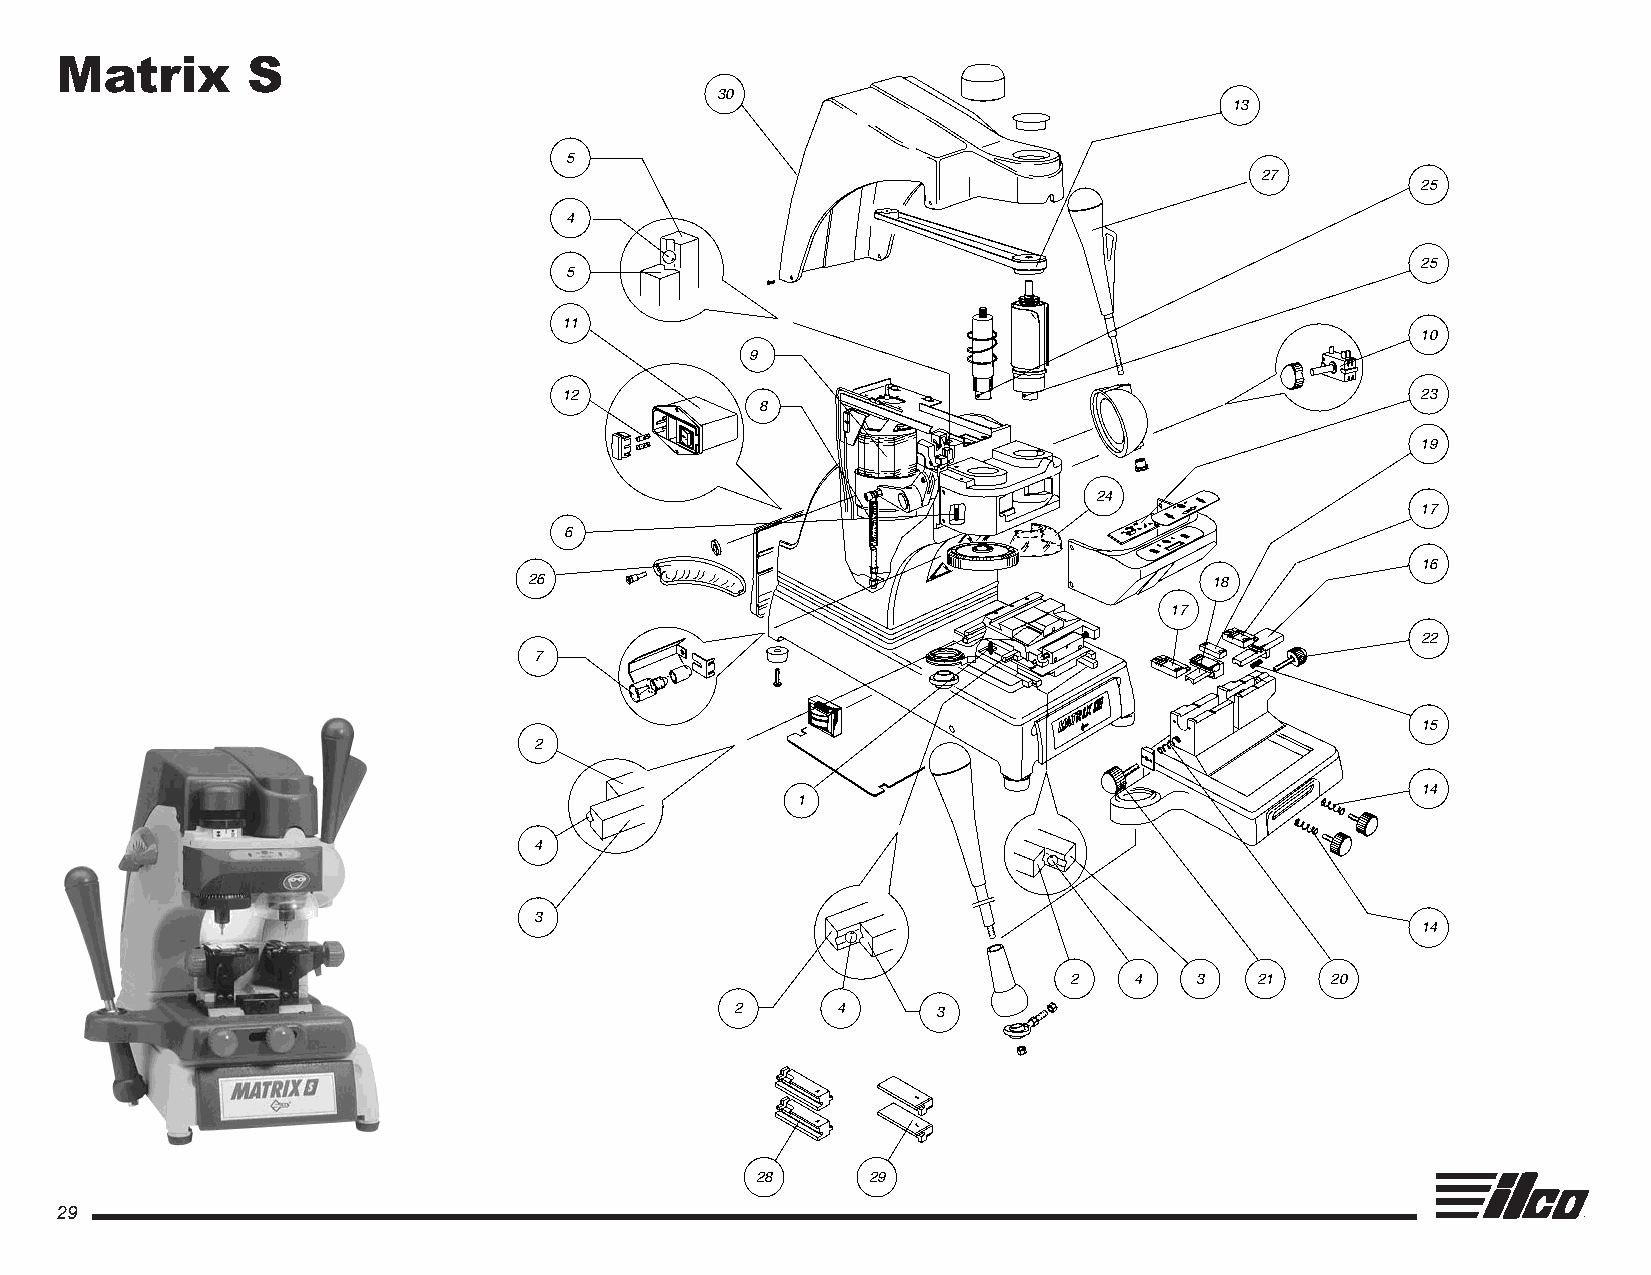
Matrix      S
 30
 13
 5
 27
 25
 4
 25
 5
 11
 10
 9
 12                                                       23
 8
 19
 24
 17
 6
 16
 26                                           18
 17
 22
 7
 15
 2
 14
 1
 4
 3
 14
 2   4   3   21   20
 2      4      3
 28     29
 29